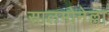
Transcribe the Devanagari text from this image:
सालमोनेल्ला